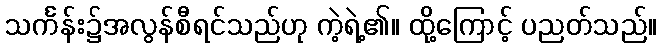
သင်္ကန်း၌အလွန်စီရင်သည်ဟု ကဲ့ရဲ့၏။ ထို့ကြောင့် ပညတ်သည်။